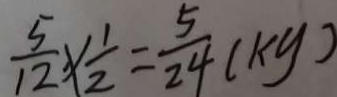
\frac { 5 } { 1 2 } \times \frac { 1 } { 2 } = \frac { 5 } { 2 4 } ( k y )